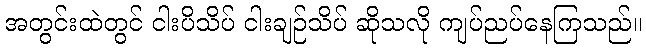
အတွင်းထဲတွင် ငါးပိသိပ် ငါးချဉ်သိပ် ဆိုသလို ကျပ်ညပ်နေကြသည်။